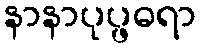
နာနာပုပ္ဖဓရာ